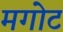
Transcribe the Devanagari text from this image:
मगोट